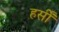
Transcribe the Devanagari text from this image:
हर्सीं